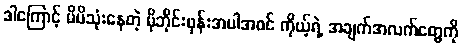
ဒါကြောင့် မိမိသုံးနေတဲ့ မိုဘိုင်းဖုန်းအပါအဝင် ကိုယ့်ရဲ့ အချက်အလက်တွေကို